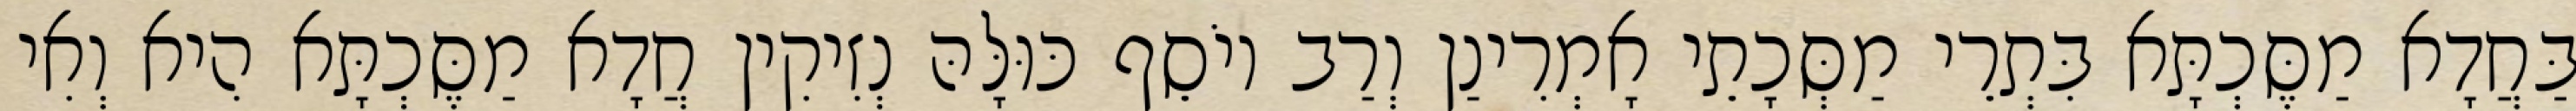
בַּחֲדָא מַסֶּכְתָּא בִּתְרֵי מַסְּכָתֵי אָמְרִינַן וְרַב יוֹסֵף כּוּלָּהּ נְזִיקִין חֲדָא מַסֶּכְתָּא הִיא וְאִי